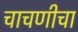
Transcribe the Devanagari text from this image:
चाचणीचा